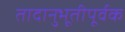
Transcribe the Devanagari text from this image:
तादानुभूतीपूर्वक